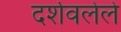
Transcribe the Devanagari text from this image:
दर्शवलेले